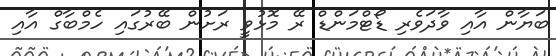
ބަޔާން އާއި ވާދަވެރި ޑޯޓްމަންޑް ރޭ މޮޅުވީ ރަށުން ބޭރުގައި ހެމްބާގް އާއި